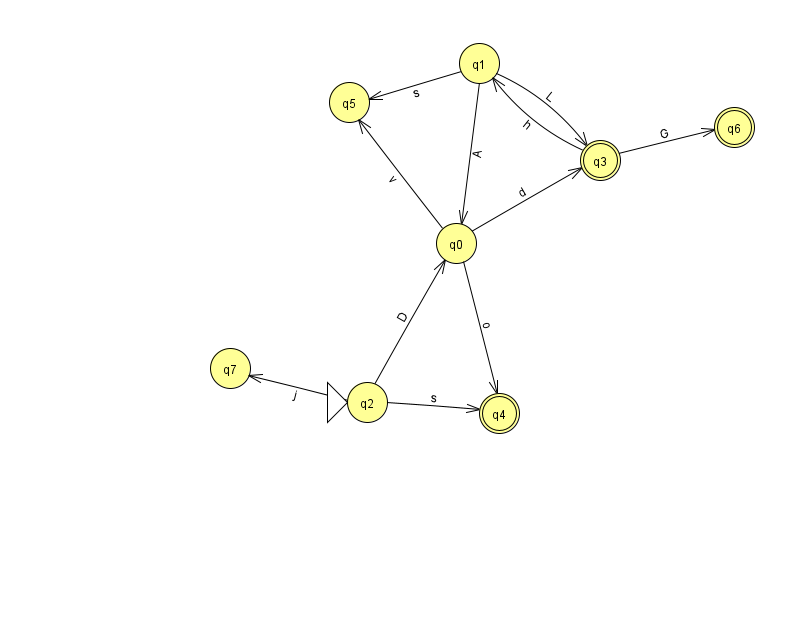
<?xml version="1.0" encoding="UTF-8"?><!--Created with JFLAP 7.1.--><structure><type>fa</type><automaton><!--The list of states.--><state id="0" name="q0"><x>456.0</x><y>230.0</y></state><state id="1" name="q1"><x>479.0</x><y>50.0</y></state><state id="2" name="q2"><x>367.0</x><y>389.0</y><initial/></state><state id="3" name="q3"><x>600.0</x><y>147.0</y><final/></state><state id="4" name="q4"><x>499.0</x><y>400.0</y><final/></state><state id="5" name="q5"><x>349.0</x><y>89.0</y></state><state id="6" name="q6"><x>734.0</x><y>114.0</y><final/></state><state id="7" name="q7"><x>230.0</x><y>355.0</y></state><!--The list of transitions.--><transition><from>3</from><to>6</to><read>G</read></transition><transition><from>0</from><to>5</to><read>v</read></transition><transition><from>2</from><to>0</to><read>D</read></transition><transition><from>1</from><to>3</to><read>L</read></transition><transition><from>2</from><to>7</to><read>j</read></transition><transition><from>0</from><to>4</to><read>o</read></transition><transition><from>2</from><to>4</to><read>s</read></transition><transition><from>3</from><to>1</to><read>h</read></transition><transition><from>0</from><to>3</to><read>d</read></transition><transition><from>1</from><to>0</to><read>A</read></transition><transition><from>1</from><to>5</to><read>s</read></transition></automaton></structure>